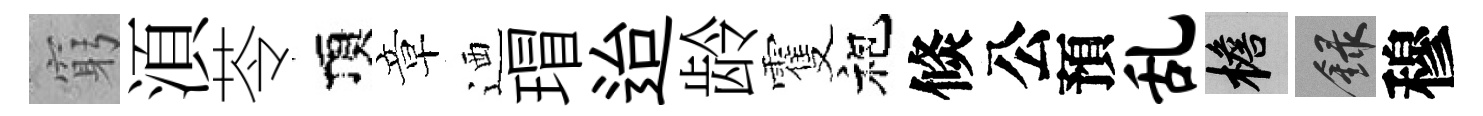
窮湏苓頂章迺瑁迨龄䨥袍倐公預乱檐録穆